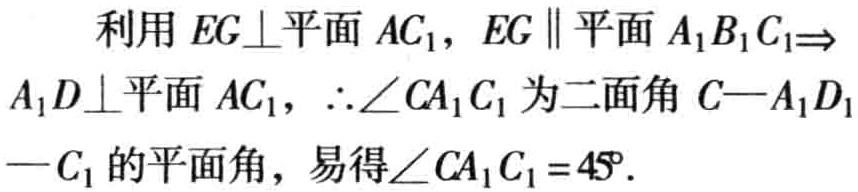
利用 \(EG\perp\)平面 \(AC_{1}\)，\(EG\parallel\)平面 \(A_{1}B_{1}C_{1}\Rightarrow\) \(A_{1}D\perp\)平面 \(AC_{1}\)，\(\therefore\angle CA_{1}C_{1}\)为二面角 \(C - A_{1}D_{1}-C_{1}\)的平面角，易得\(\angle CA_{1}C_{1}=45^{\circ}\).